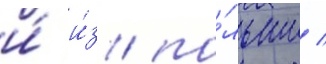
и́ и́з по́льши /